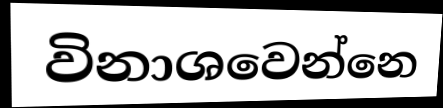
විනාශවෙන්නෙ